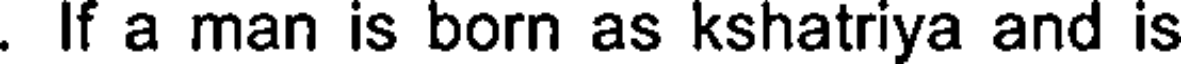
. If a man is born as kshatriya and is